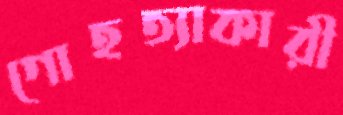
গোহত্যাকারী